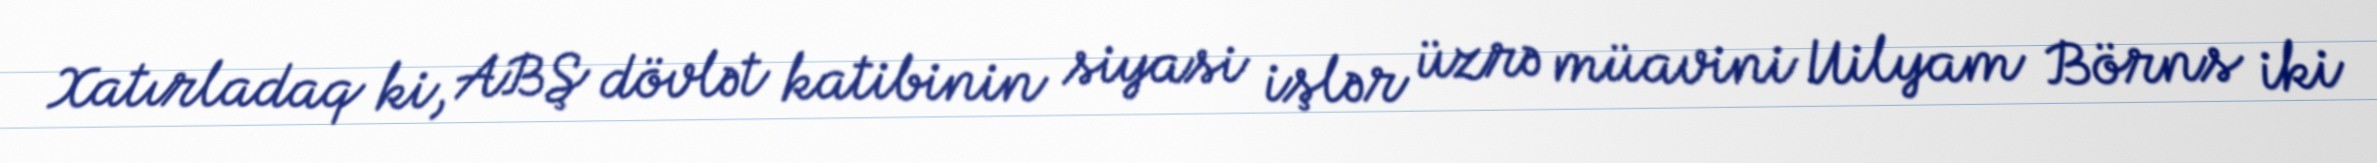
Xatırladaq ki, ABŞ dövlət katibinin siyasi işlər üzrə müavini Uilyam Börns iki